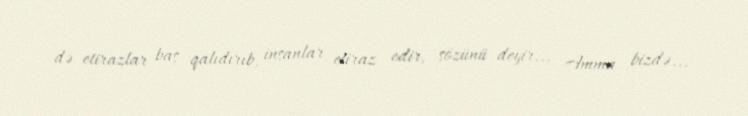
də etirazlar baş qalıdırıb, insanlar etiraz edir, sözünü deyir... Amma bizdə...